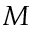
M